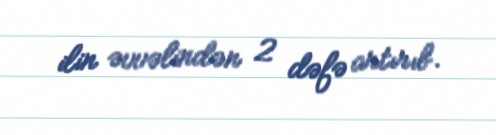
ilin əvvəlindən 2 dəfə artırıb.